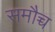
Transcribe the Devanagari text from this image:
समौच्च